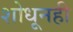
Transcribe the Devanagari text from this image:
शोधूनही